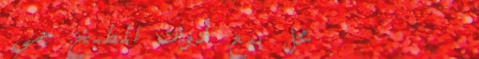
محل بيع أدوات المطبخ: جمي